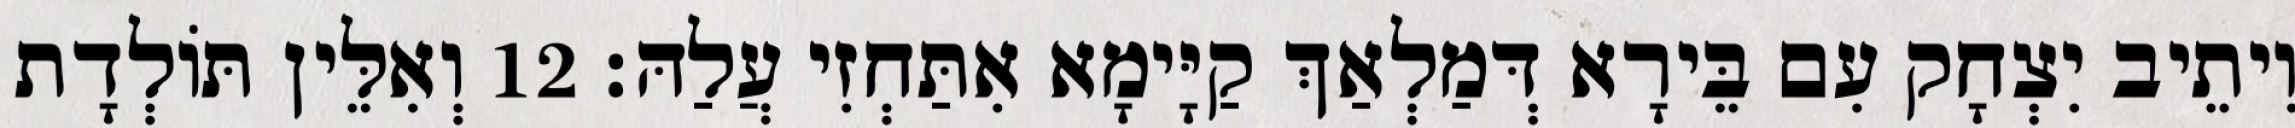
וִיתֵיב יִצְחָק עִם בֵּירָא דְּמַלְאַךְ קַיָּימָא אִתַּחְזִי עֲלַהּ׃ 12 וְאִלֵּין תּוֹלְדָת